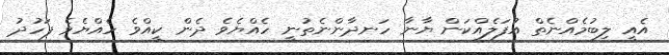
އެއީ ލިބުމެއްނެތް އުފަލެއްކަން ޔާނާ ހަނދާންނެތުނީ ހެއްޔެވެ ދެން ކީއްވެ ހެއްޔެވެ ފަހުދު